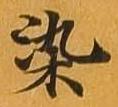
染